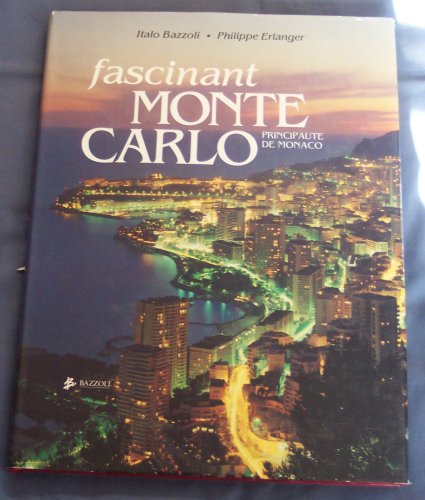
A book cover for Fascinant Monte Carlo: Principaute De Monaco; Philippe Erlanger; Travel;